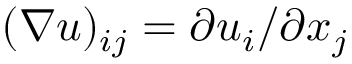
( \nabla u ) _ { i j } = \partial u _ { i } / \partial x _ { j }